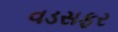
વડસફર